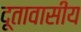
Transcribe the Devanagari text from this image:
दूतावासीय